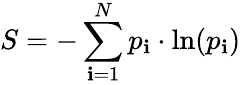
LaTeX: S=-\sum_{\mathbf{i}=1}^{N}p_{\mathbf{i}}\cdot\ln(p_{\mathbf{i}})